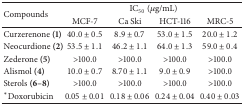
| <ROWSPAN=2> Compounds | <COLSPAN=4> IC50 (μg/mL) |
 | MCF-7 | Ca Ski | HCT-116 | MRC-5 |
 | --- | --- | --- | --- | --- |
 | Curzerenone (1) | 40.0 ± 0.5 | 8.9 ± 0.7 | 53.0 ± 1.5 | 20.0 ± 1.2 |
 | Neocurdione (2) | 53.5 ± 1.1 | 46.2 ± 1.1 | 64.0 ± 1.3 | 59.0 ± 0.4 |
 | Zederone (5) | >100.0 | >100.0 | >100.0 | >100.0 |
 | Alismol (4) | 10.0 ± 0.7 | 8.70 ± 1.1 | 9.0 ± 0.9 | >100.0 |
 | Sterols (6–8) | >100.0 | >100.0 | >100.0 | >100.0 |
 | *Doxorubicin | 0.05 ± 0.01 | 0.18 ± 0.06 | 0.24 ± 0.04 | 0.40 ± 0.03 |